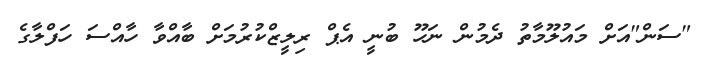
"ސަން"އަށް މައުލޫމާތު ދެމުން ނަހޫ ބުނީ އެޕް ރިލީޒްކުރުމަށް ބާއްވާ ހާއްސަ ހަފްލާގެ